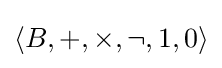
\langle B,+,\times ,\lnot ,1,0\rangle